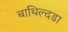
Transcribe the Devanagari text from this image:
बाथिल्दडा